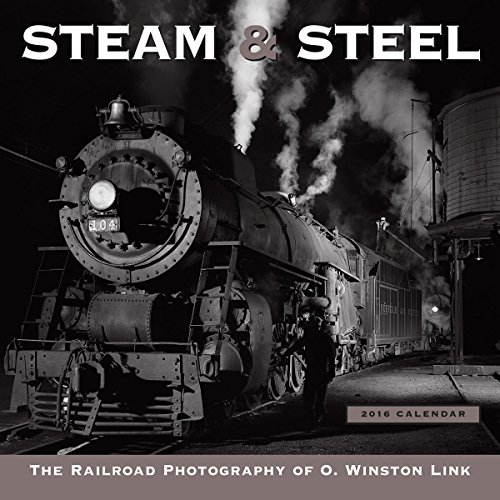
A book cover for Steam & Steel 2016 Wall Calendar; O. Winston Link; Engineering & Transportation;